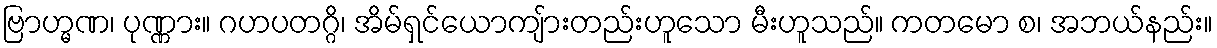
ဗြာဟ္မဏ၊ ပုဏ္ဏား။ ဂဟပတဂ္ဂိ၊ အိမ်ရှင်ယောကျ်ားတည်းဟူသော မီးဟူသည်။ ကတမော စ၊ အဘယ်နည်း။